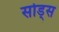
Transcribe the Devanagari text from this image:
सोड्स